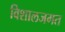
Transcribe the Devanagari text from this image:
विशालजगत